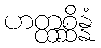
ဟတ္ထစ္ဆိန္နံ